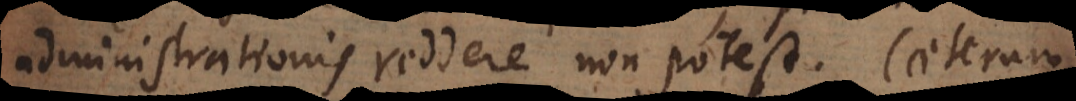
administrationis reddere non potest. Caeterum